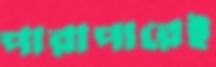
পারাপারেই